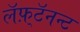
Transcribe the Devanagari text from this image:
लॅफ़्टॅनन्ट